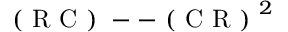
\mathrm { ~ ( ~ R ~ C ~ ) ~ -- ~ ( ~ C ~ R ~ ) ~ } ^ { 2 }